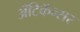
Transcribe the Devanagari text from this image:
अँटिकॅन्सर